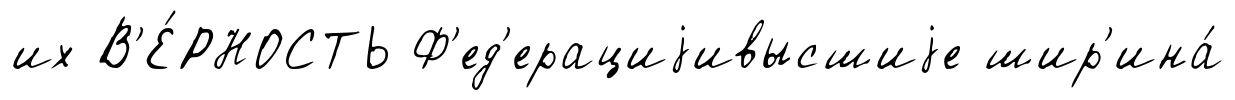
их В'Е́РНОСТЬ Ф'ед'ерациjивысшиjе шир'ина́